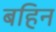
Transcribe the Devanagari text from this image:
बहिन